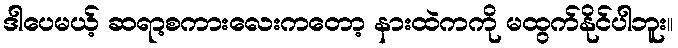
ဒါပေမယ့် ဆရာ့စကားလေးကတော့ နားထဲကကို မထွက်နိုင်ပါဘူး။